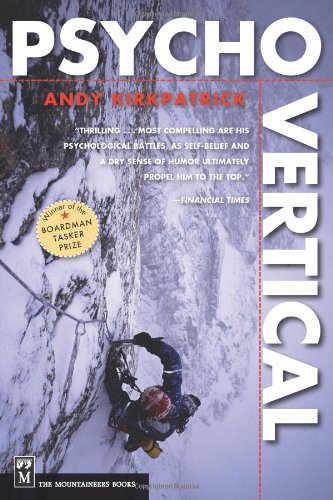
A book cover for Psychovertical; Andy Kirkpatrick; Sports & Outdoors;